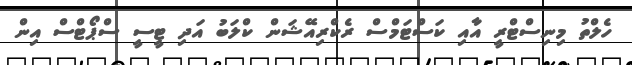
ހެލްތު މިނިސްޓްރީ އާއި ކަސްޓަމްސް ރެކްރިއޭޝަން ކްލަބު އަދި ޓީސީ ސްޕޯޓްސް އިން